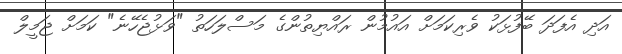
އަދި އެފަދަ ބޭފުޅަކު ވެރިކަމަށް އައުމުން ރައްޔިތުންގެ މަސްލަހަތު "ވަޅުޖެހޭނެ" ކަމަށް ޖަމީލް